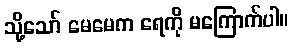
သို့သော် မေမေက ရေကို မကြောက်ပါ။